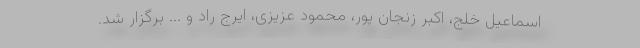
اسماعیل خلج، اکبر زنجان پور، محمود عزیزی، ایرج راد و ... برگزار شد.